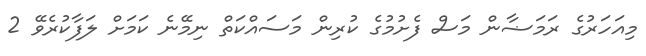
މިއަހަރުގެ ރަމަޟާން މަސް ފެށުމުގެ ކުރިން މަސައްކަތް ނިމޭނެ ކަމަށް ލަފާކުރެވޭ 2